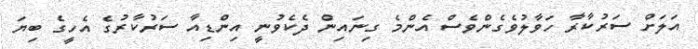
އަލަށް ސަރުކާރާ ހަވާލުވެގެންވެސް އެންމެ ގިނައިން ދެކެވުނީ އިންޑިއާ ސަރުކާރުގެ އެހީގެ ބިޔަ